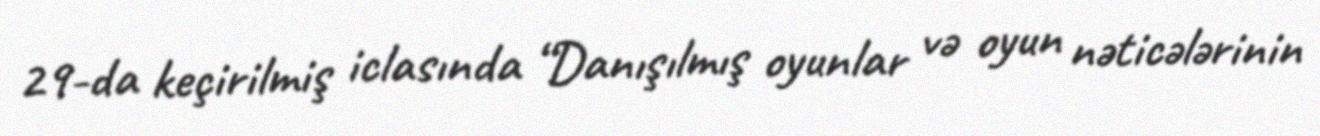
29-da keçirilmiş iclasında “Danışılmış oyunlar və oyun nəticələrinin